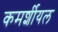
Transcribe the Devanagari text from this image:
कमर्शीयल